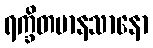
ရက္ခိတမာနသာနော